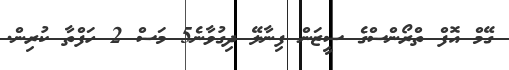
ގޭމް އޮފް ތްރޯންސްގެ ސީޒަން ފިނާލޭ ދިގުވާނެ5 މަސް 2 ހަފްތާ ކުރިން.